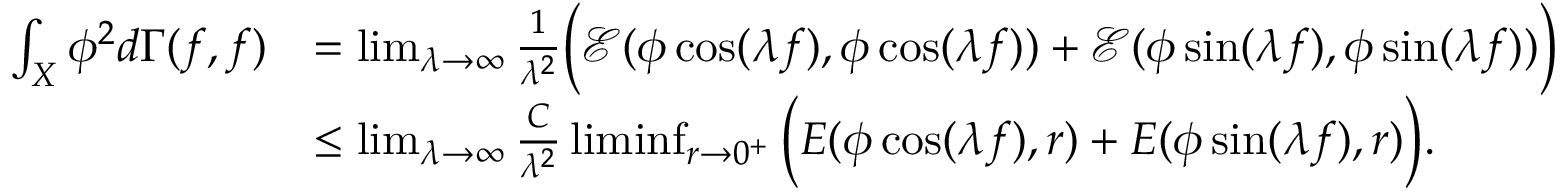
\begin{array} { r l } { \int _ { X } \phi ^ { 2 } d \Gamma ( f , f ) } & { = \operatorname* { l i m } _ { \lambda \to \infty } \frac { 1 } { \lambda ^ { 2 } } \Big ( \mathcal { E } ( \phi \cos ( \lambda f ) , \phi \cos ( \lambda f ) ) + \mathcal { E } ( \phi \sin ( \lambda f ) , \phi \sin ( \lambda f ) ) \Big ) } \\ & { \leq \operatorname* { l i m } _ { \lambda \to \infty } \frac { C } { \lambda ^ { 2 } } \operatorname* { l i m i n f } _ { r \to 0 ^ { + } } \Big ( E ( \phi \cos ( \lambda f ) , r ) + E ( \phi \sin ( \lambda f ) , r ) \Big ) . } \end{array}